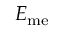
E _ { \mathrm { m e } }